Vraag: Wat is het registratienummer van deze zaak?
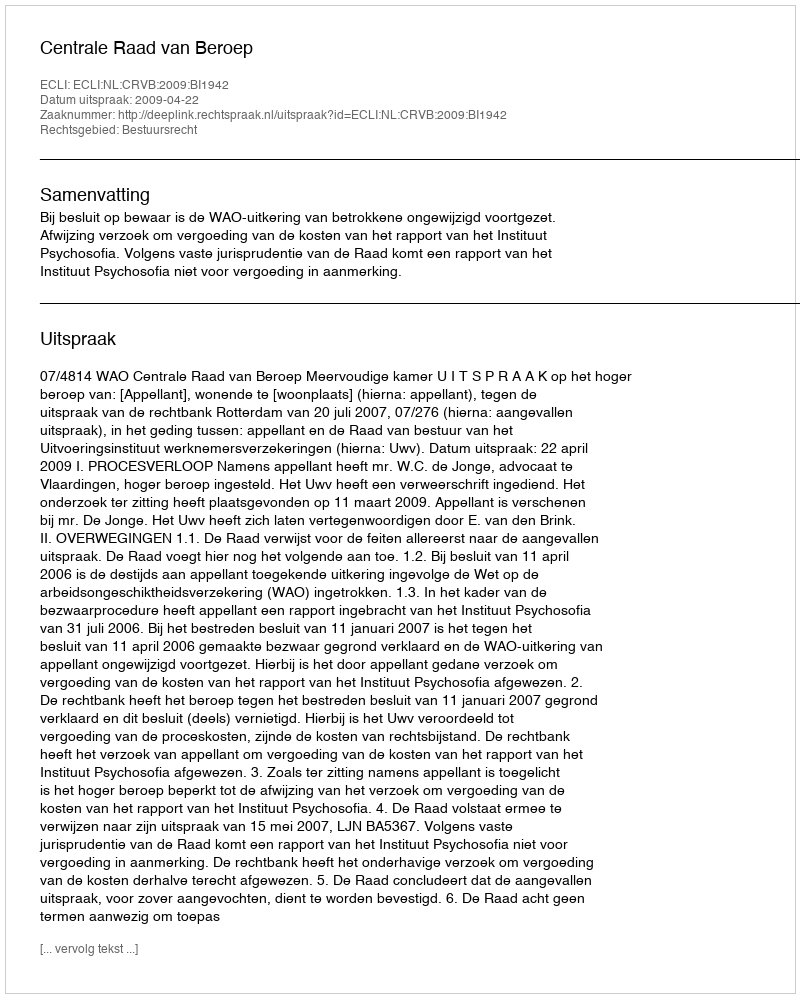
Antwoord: http://deeplink.rechtspraak.nl/uitspraak?id=ECLI:NL:CRVB:2009:BI1942